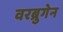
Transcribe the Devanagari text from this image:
वरब्रुगेन